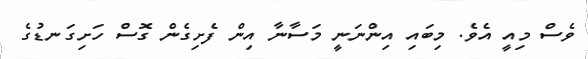
ވެސް މިއީ އެވެ. މިބައި އިންނަނީ މަސާނާ އިން ފެށިގެން ގޮސް ހަށިގަނޑުގެ